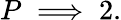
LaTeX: P\implies 2.